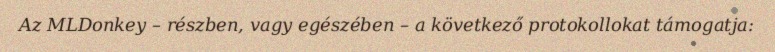
Az MLDonkey – részben, vagy egészében – a következő protokollokat támogatja: